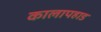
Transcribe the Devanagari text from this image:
कालापहाड